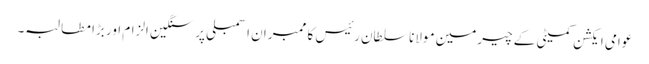
عوامی ایکشن کمیٹی کے چیرمین مولانا سلطان رئیس کا ممبران اسمبلی پر سنگین الزام اور بڑا مطالبہ۔